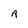
Character: R